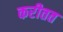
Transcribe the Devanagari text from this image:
करीतत